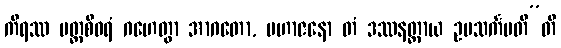
ကိရဿ ပတ္တစီဝရံ ဂဟေတွာ အာဂတော, မဟာဇနော တံ ဒဿနတ္ထာယ ဥပသင်္ကမတီ”တိ